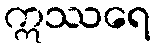
ဣဿရေ